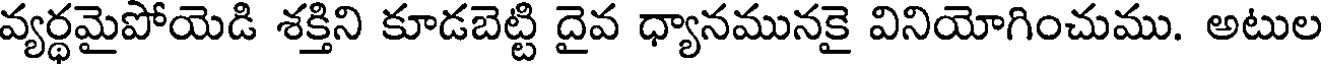
వ్యర్థమైపోయెడి శక్తిని కూడబెట్టి దైవ ధ్యానమునకై వినియోగించుము. అటుల